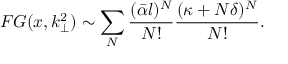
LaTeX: { \cal F } G ( x , k _ { \perp } ^ { 2 } ) \sim \sum _ { N } \frac { ( \bar { \alpha } l ) ^ { N } } { N ! } \frac { ( \kappa + N \delta ) ^ { N } } { N ! } .